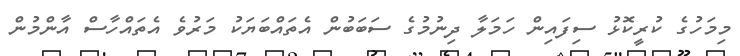
މިމަހުގެ ކުރީކޮޅު ސިފައިން ހަމަލާ ދިނުމުގެ ސަބަބުން އެތައްބަޔަކު މަރުވެ އެތައްހާސް އާންމުން